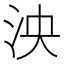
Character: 泱